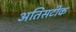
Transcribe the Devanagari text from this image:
अतिसटीक